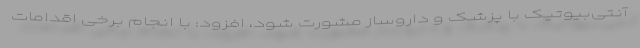
آنتی‌بیوتیک با پزشک و داروساز مشورت شود، افزود: با انجام برخی اقدامات